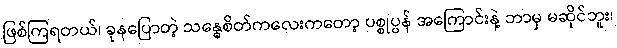
ဖြစ်ကြရတယ်၊ ခုနပြောတဲ့ သန္ဓေစိတ်ကလေးကတော့ ပစ္စုပ္ပန် အကြောင်းနဲ့ ဘာမှ မဆိုင်ဘူး၊